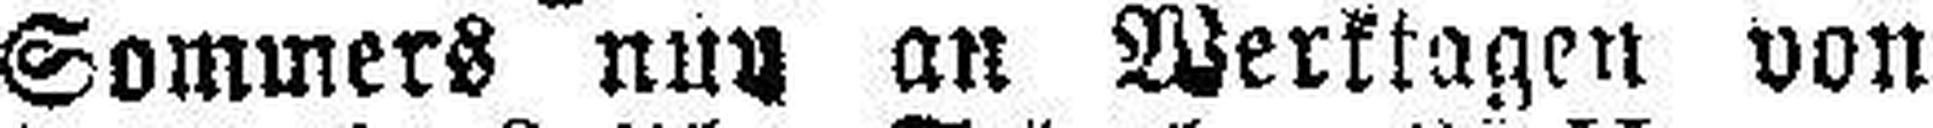
Sommers nun an Werktagen von